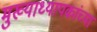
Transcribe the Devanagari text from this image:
मुख्याध्यापकांच्या